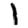
Digit: 1